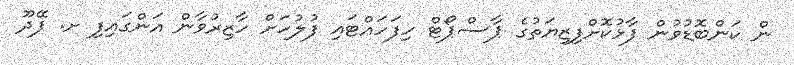
ން ކަންބޮޑުވުން ފާޅުކޮށްފިޒިޔަތުގެ ޕާސްޕޯޓް ހިފަހައްޓައި ފުލުހަށް ހާޒިރުވާން އަންގައިފި ށ. ފޭދޫ